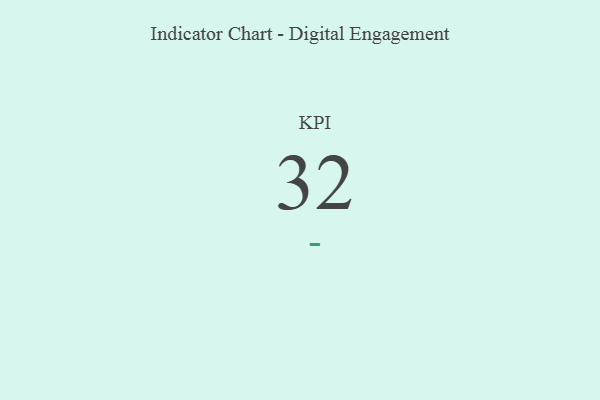
{"axis": {"x": "KPI", "y": "Value"}, "legend": [""], "data": [{"x": "KPI", "y": 32, "type": ""}]}